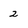
Character: 2